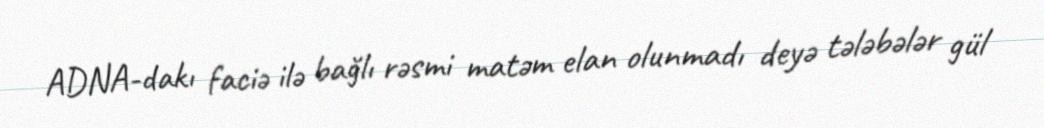
ADNA-dakı faciə ilə bağlı rəsmi matəm elan olunmadı deyə tələbələr gül